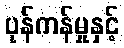
ပုန်ကန်မှုနှင့်